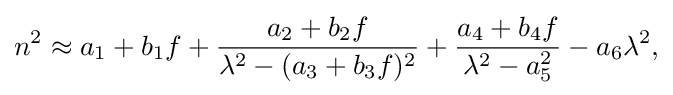
{n^{2}\approx a_{1}+b_{1}f+{\frac {a_{2}+b_{2}f}{\lambda ^{2}-(a_{3}+b_{3}f)^{2}}}+{\frac {a_{4}+b_{4}f}{\lambda ^{2}-a_{5}^{2}}}-a_{6}\lambda ^{2},}